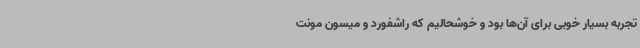
تجربه بسیار خوبی برای آن‌ها بود و خوشحالیم که راشفورد و میسون مونت